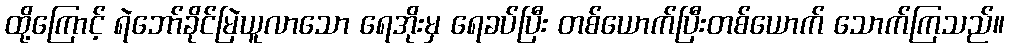
ထို့ကြောင့် ရဲဘော်ခိုင်မြဲယူလာသော ရေအိုးမှ ရေခပ်ပြီး တစ်ယောက်ပြီးတစ်ယောက် သောက်ကြသည်။